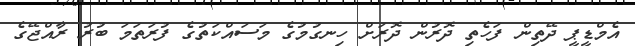
އެމްޑީޕީ ދޭތިން ފަހެތި ދޮރުން ދޮރަށް ހިނގުމުގެ މަސައްކަތުގެ ފުރަތަމަ ބުރު ރާއްޖޭގެ